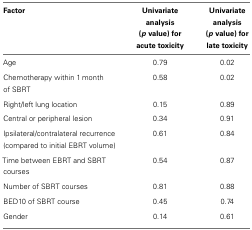
<table><thead><tr><td><b>Factor</b></td><td><b>Univariate analysis (<i>p</i> value) for acute toxicity</b></td><td><b>Univariate analysis (<i>p</i> value) for late toxicity</b></td></tr></thead><tbody><tr><td>Age</td><td>0.79</td><td>0.02</td></tr><tr><td>Chemotherapy within 1 month of SBRT</td><td>0.58</td><td>0.02</td></tr><tr><td>Right/left lung location</td><td>0.15</td><td>0.89</td></tr><tr><td>Central or peripheral lesion</td><td>0.34</td><td>0.91</td></tr><tr><td>Ipsilateral/contralateral recurrence (compared to initial EBRT volume)</td><td>0.61</td><td>0.84</td></tr><tr><td>Time between EBRT and SBRT courses</td><td>0.54</td><td>0.87</td></tr><tr><td>Number of SBRT courses</td><td>0.81</td><td>0.88</td></tr><tr><td>BED10 of SBRT course</td><td>0.45</td><td>0.74</td></tr><tr><td>Gender</td><td>0.14</td><td>0.61</td></tr></tbody></table>